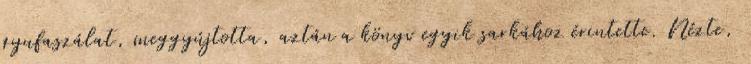
gyufaszálat, meggyújtotta, aztán a könyv egyik sarkához érintette. Nézte,